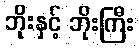
ဘိုးနှင့် ဘိုးကြီး